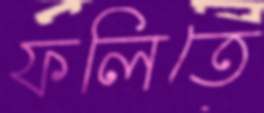
ফলিতে